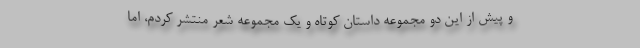
و پیش از این دو مجموعه داستان کوتاه و یک مجموعه شعر منتشر کردم، اما